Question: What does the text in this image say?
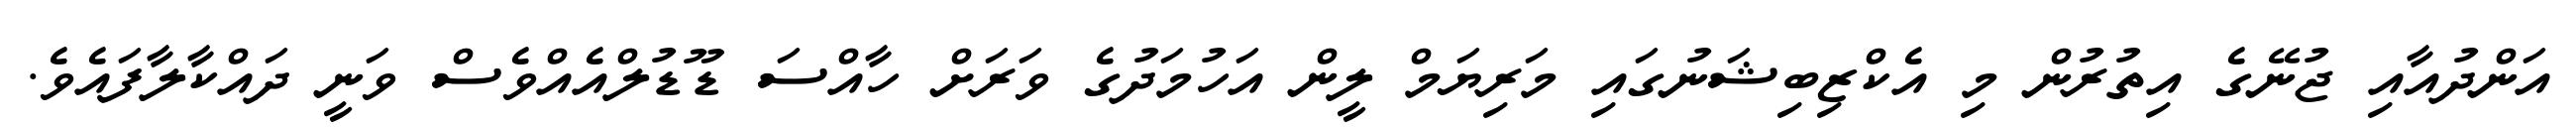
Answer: އަންދުއާއި ޖުނޭގެ އިތުރުން މި އެކްޒިބިޝަނުގައި މަރިޔަމް ލީން އަހުމަދުގެ ވަރަށް ހާއްސަ ޑޫޑުލްއެއްވެސް ވަނީ ދައްކާލާފައެވެ.